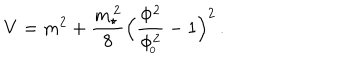
LaTeX: V = m ^ { 2 } + { \frac { m _ { \star } ^ { \, 2 } } { 8 } } \Big ( { \frac { \Phi ^ { 2 } } { \Phi _ { \! _ { 0 } } ^ { 2 } } } - 1 \Big ) ^ { 2 } \, .